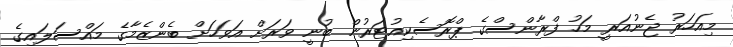
މިއަހަރު ޖެނުއަރީ މަހު ފްރާންސްގެ ޕްރޮސެކިއުޓަރުން ބުނީ ވަރަށް އަވަހަށް ބެންޒެމާގެ މައްސަލައިގެ